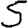
Digit: 5